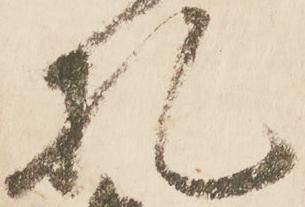
札